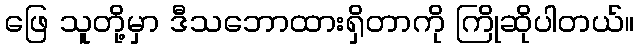
ဖြေ သူတို့မှာ ဒီသဘောထားရှိတာကို ကြိုဆိုပါတယ်။